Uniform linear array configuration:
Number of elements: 32
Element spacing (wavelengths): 0.75
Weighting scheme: blackman
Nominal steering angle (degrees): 45
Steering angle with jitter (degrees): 44.99
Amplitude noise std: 0.05
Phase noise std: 0.05

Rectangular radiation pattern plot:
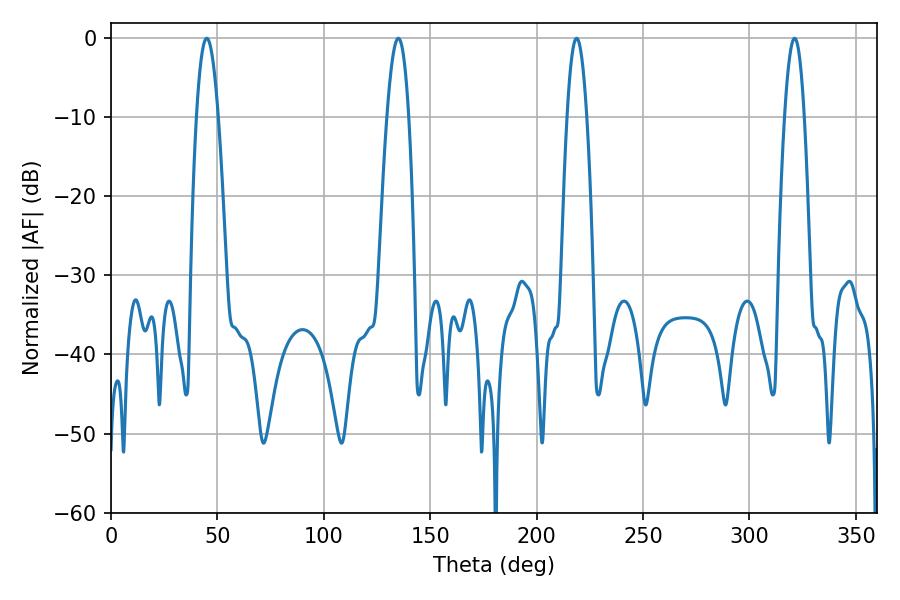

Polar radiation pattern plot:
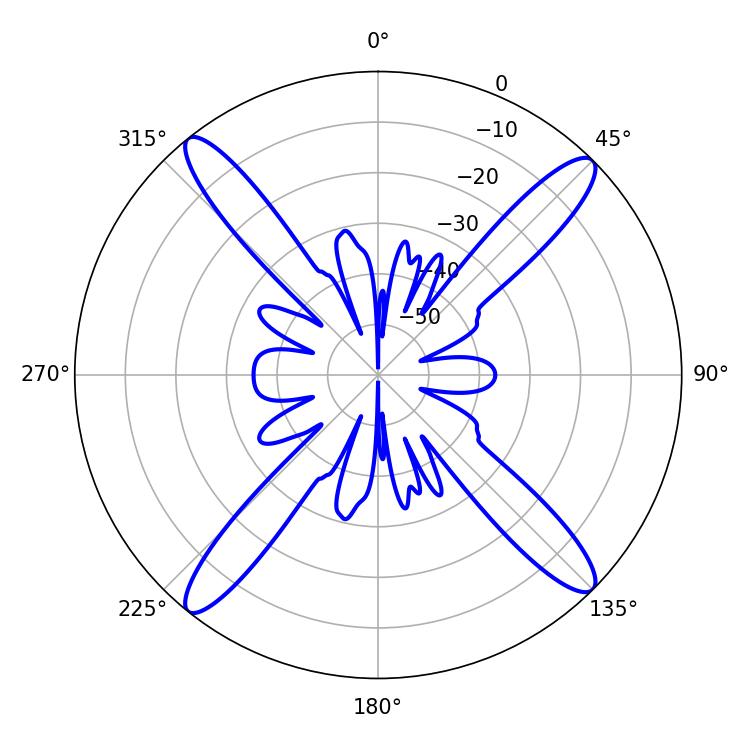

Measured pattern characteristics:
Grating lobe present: TRUE
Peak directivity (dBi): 18.27
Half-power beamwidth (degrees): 5.58
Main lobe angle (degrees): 45